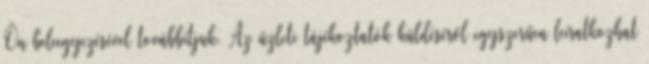
Ön beleegyezésével továbbítjuk. Az üzleti tájékoztatók küldéséről egyszerűen leiratkozhat